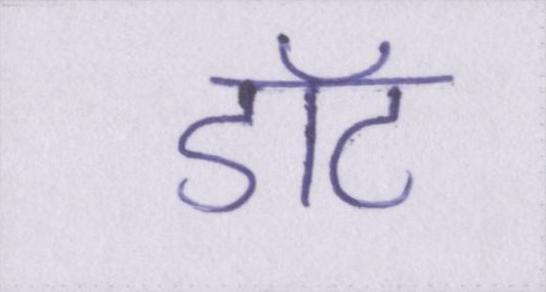
डॉट